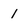
Character: 1